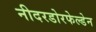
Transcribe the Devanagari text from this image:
नीदरडोरफेल्डेन